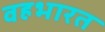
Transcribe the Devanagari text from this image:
वहभारत